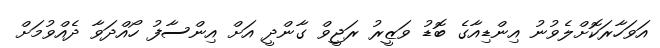
އަވަހާރަކޮށްލެވުނު އިންޑިއާގެ ބޮޑު ވަޒީރު ރަޖީވް ގާންދީ އަށް އިންސާފު ހޯއްދަވާ ދެއްވުމަށް